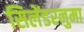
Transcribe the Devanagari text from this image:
सिलेंडरनुमा